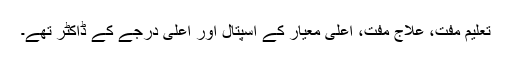
تعلیم مفت، علاج مفت، اعلیٰ معیار کے اسپتال اور اعلیٰ درجے کے ڈاکٹر تھے۔